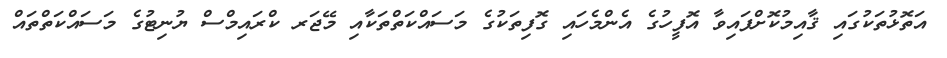
އަތޮޅުތަކުގައި ޤާއިމުކޮށްފައިވާ އޮފީހުގެ އެންމެހައި ގޮފިތަކުގެ މަސައްކަތްތަކާއި މޭޖަރ ކްރައިމްސް ޔުނިޓުގެ މަސައްކަތްތައް